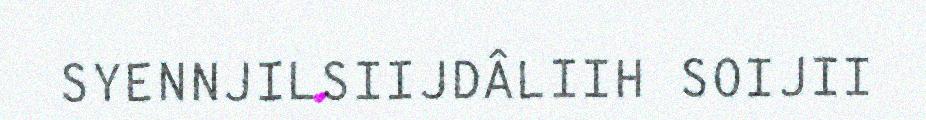
SYENNJILSIIJDÂLIIH SOIJII